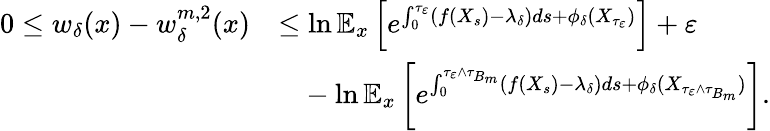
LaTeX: \begin{array}{rl}{0\leq w_{\delta}(x)-w_{\delta}^{m,2}(x)}&{\leq\ln\mathbb{E}_{x}\left[e^{\int_{0}^{\tau_{\varepsilon}}(f(X_{s})-\lambda_{\delta})ds+\phi_{\delta}(X_{\tau_{\varepsilon}})}\right]+\varepsilon}\\ &{\phantom{=}-\ln\mathbb{E}_{x}\left[e^{\int_{0}^{\tau_{\varepsilon}\wedge\tau_{B_{m}}}(f(X_{s})-\lambda_{\delta})ds+\phi_{\delta}(X_{\tau_{\varepsilon}\wedge\tau_{B_{m}}})}\right].}\end{array}